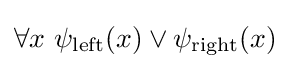
\forall x\ \psi _{\mathrm {left} }(x)\lor \psi _{\mathrm {right} }(x)